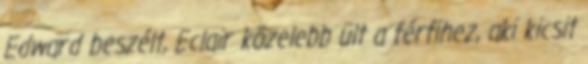
Edward beszélt, Eclair közelebb ült a férfihez, aki kicsit